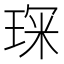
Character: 𭹘